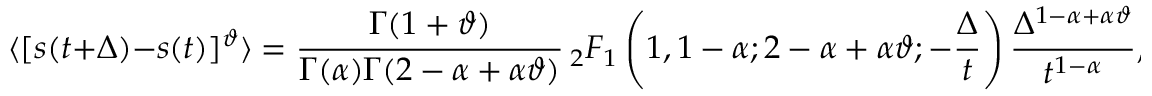
\langle [ s ( t + \Delta ) - s ( t ) ] ^ { \vartheta } \rangle = \frac { \Gamma ( 1 + \vartheta ) } { \Gamma ( \alpha ) \Gamma ( 2 - \alpha + \alpha \vartheta ) } \, _ { 2 } F _ { 1 } \left( 1 , 1 - \alpha ; 2 - \alpha + \alpha \vartheta ; - \frac { \Delta } { t } \right) \frac { \Delta ^ { 1 - \alpha + \alpha \vartheta } } { t ^ { 1 - \alpha } } ,